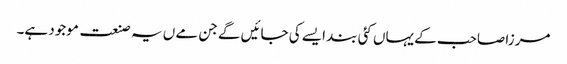
مرزا صاحب کے یہاں کئی بند ایسے کی جائیں گے جن مے ں یہ صنعت موجود ہے۔